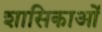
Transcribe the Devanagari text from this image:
शासिकाओं